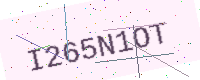
Text: I265N1OT